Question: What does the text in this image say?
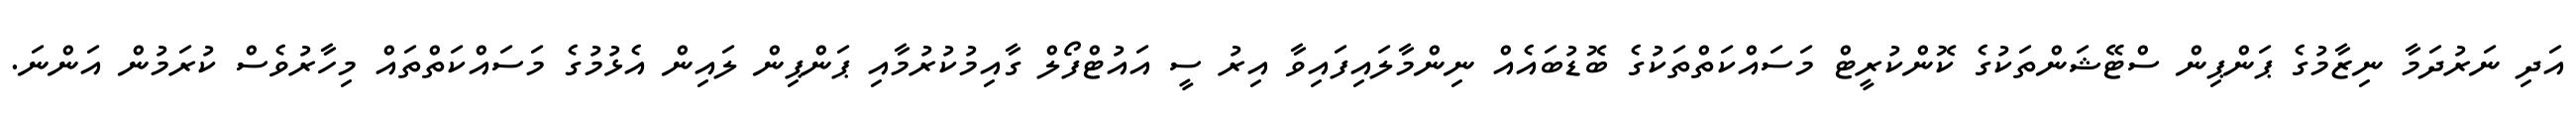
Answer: އަދި ނަރުދަމާ ނިޒާމުގެ ޕަންޕިން ސްޓޭޝަންތަކުގެ ކޮންކުރީޓް މަސައްކަތްތަކުގެ ބޮޑުބައެއް ނިންމާލައިފައިވާ އިރު ސީ އައުޓްފޯލް ގާއިމުކުރުމާއި ޕަންޕިން ލައިން އެޅުމުގެ މަސައްކަތްތައް މިހާރުވެސް ކުރަމުން އަންނަ.